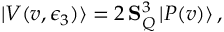
| V ( v , \epsilon _ { 3 } ) \rangle = 2 \, { \bf S } _ { Q } ^ { 3 } \, | P ( v ) \rangle \, ,